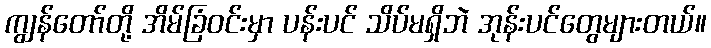
ကျွန်တော်တို့ အိမ်ခြံဝင်းမှာ ပန်းပင် သိပ်မရှိဘဲ အုန်းပင်တွေများတယ်။